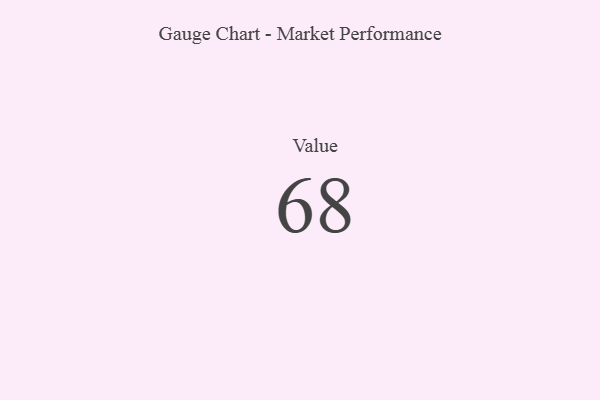
{"axis": {"x": "Metric", "y": "Value"}, "legend": [""], "data": [{"x": "Value", "y": 68, "type": ""}]}